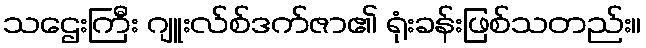
သဌေးကြီး ဂျူးလ်စ်ဒက်ဇာ၏ ရုံးခန်းဖြစ်သတည်း။